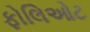
ફોલિઓટ